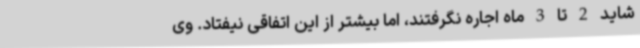
شاید 2 تا 3 ماه اجاره نگرفتند، اما بیشتر از این اتفاقی نیفتاد. وی